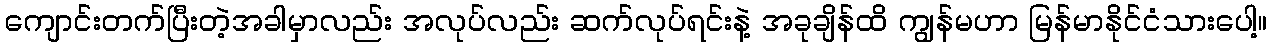
ကျောင်းတက်ပြီးတဲ့အခါမှာလည်း အလုပ်လည်း ဆက်လုပ်ရင်းနဲ့ အခုချိန်ထိ ကျွန်မဟာ မြန်မာနိုင်ငံသားပေါ့။